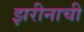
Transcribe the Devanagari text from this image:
झरीनाची